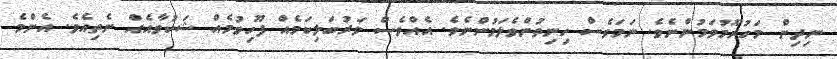
ނިދިން މަހުރޫމުވަމުންނެވެ. ނަމަވެސް ހިނިތުންވެލަމުންނެވެ. އެއްވެސް ވަރުބަލިކަމެއް ފޫހިވުމެއް ޝަކުވާއެއް ނެތިއެވެ. އެންމެ